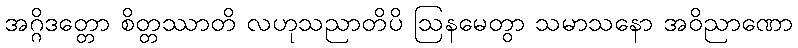
အဂ္ဂိဒတ္တော စိတ္တဿာတိ လဟုသညာတိပိ ဩနမေတွာ သမာသနော အဝိညာဏော